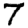
Digit: 7